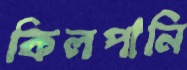
কিলপানি